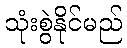
သုံးစွဲနိုင်မည်